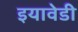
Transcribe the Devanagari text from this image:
इयावेडी